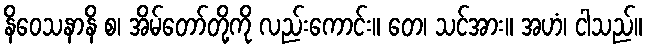
နိဝေသနာနိ စ၊ အိမ်တော်တို့ကို လည်းကောင်း။ တေ၊ သင်အား။ အဟံ၊ ငါသည်။